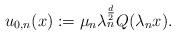
LaTeX: \begin{align*}u_{0,n}(x) := \mu_n \lambda_n^{\frac{d}{2}} Q(\lambda_n x). \end{align*}